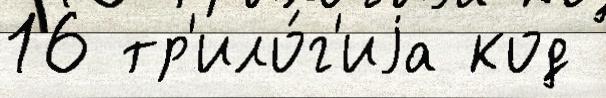
16 тр'ило́г'иjа код